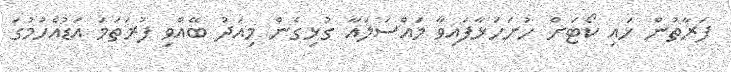
ފަރާތުން ހައި ކޯޓަށް ހުށަހަޅާފައިވާ މައްސަލައާ ގުޅިގެން މިއަދު ބޭއްވި ފުރަތަމަ އަޑުއެހުމުގަ